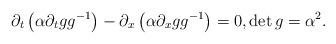
LaTeX: \begin{align*}\partial_t\left(\alpha \partial_t g g^{-1}\right) -\partial_x\left(\alpha \partial_x g g^{-1} \right)=0, \det g =\alpha ^2.\end{align*}